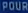
"southern